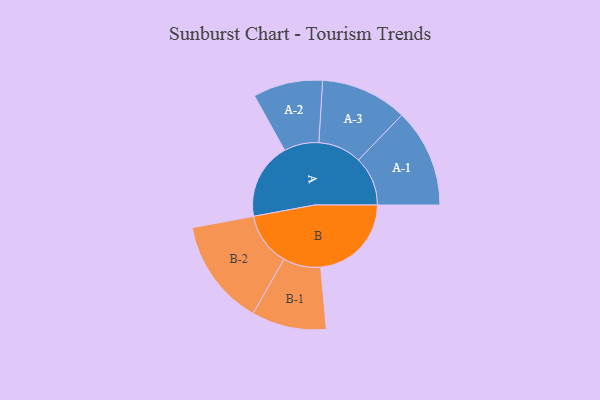
{"axis": {"x": "Segment", "y": "Value"}, "legend": ["", "A", "B"], "data": [{"x": "A", "y": 413, "type": ""}, {"x": "B", "y": 490, "type": ""}, {"x": "A-1", "y": 266, "type": "A"}, {"x": "A-2", "y": 188, "type": "A"}, {"x": "A-3", "y": 234, "type": "A"}, {"x": "B-1", "y": 202, "type": "B"}, {"x": "B-2", "y": 288, "type": "B"}]}